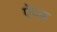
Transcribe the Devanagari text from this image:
ऐप्ल